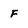
Character: f